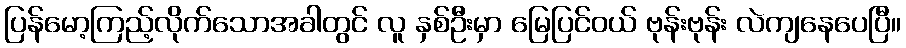
ပြန်မော့ကြည့်လိုက်သောအခါတွင် လူ နှစ်ဦးမှာ မြေပြင်ဝယ် ဗုန်းဗုန်း လဲကျနေပေပြီ။